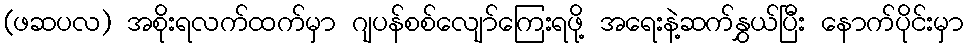
(ဖဆပလ) အစိုးရလက်ထက်မှာ ဂျပန်စစ်လျော်ကြေးရဖို့ အရေးနဲ့ဆက်နွှယ်ပြီး နောက်ပိုင်းမှာ